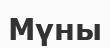
Мүны